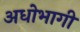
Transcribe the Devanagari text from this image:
अधोभागी